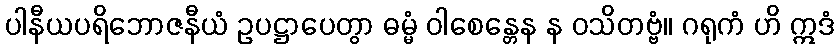
ပါနီယပရိဘောဇနီယံ ဥပဋ္ဌာပေတွာ ဓမ္မံ ဝါစေန္တေန န ဝသိတဗ္ဗံ။ ဂရုကံ ဟိ ဣဒံ